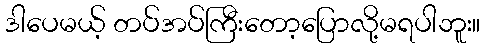
ဒါပေမယ့် တပ်အပ်ကြီးတော့ပြောလို့မရပါဘူး။